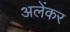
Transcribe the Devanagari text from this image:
अलेंकर